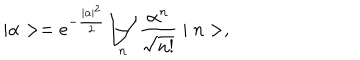
LaTeX: \mid \alpha > = e ^ { - \frac { \mid \alpha \mid ^ { 2 } } { 2 } } \sum _ { n } \frac { \alpha ^ { n } } { \sqrt { n ! } } \mid n > ,